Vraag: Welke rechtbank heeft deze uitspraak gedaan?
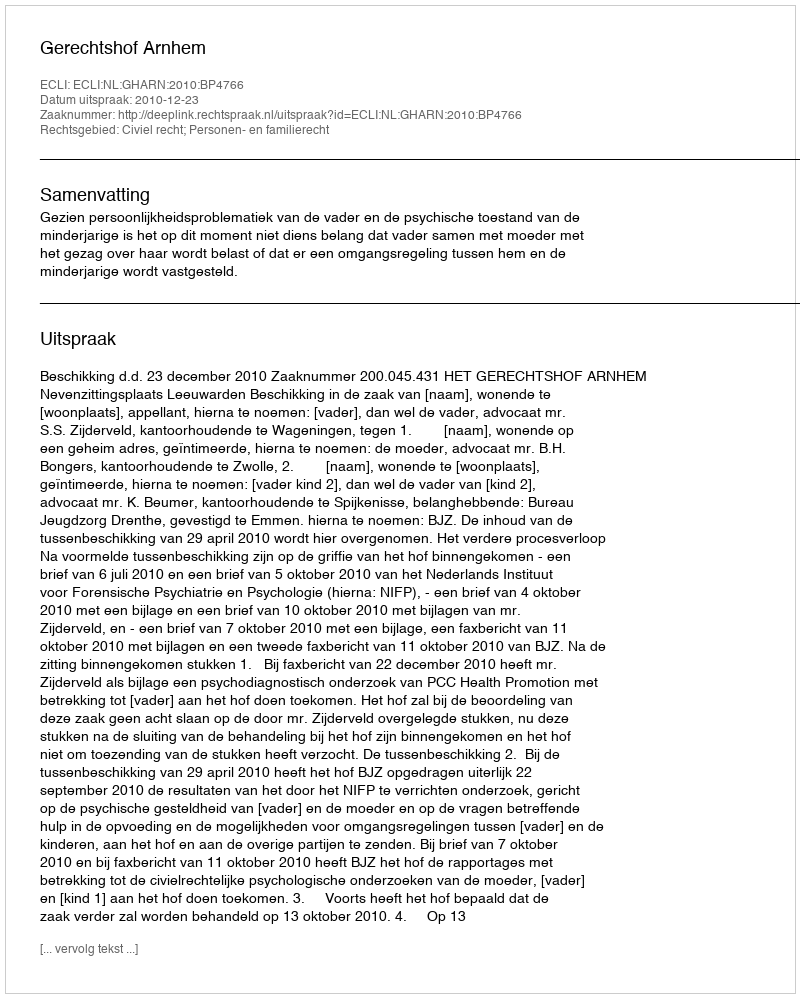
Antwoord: Gerechtshof Arnhem